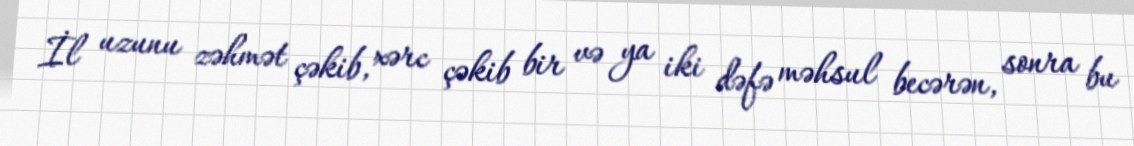
İl uzunu zəhmət çəkib, xərc çəkib bir və ya iki dəfə məhsul becərən, sonra bu